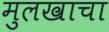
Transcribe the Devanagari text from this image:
मुलखाचा